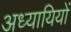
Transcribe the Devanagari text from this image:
अध्यायियों